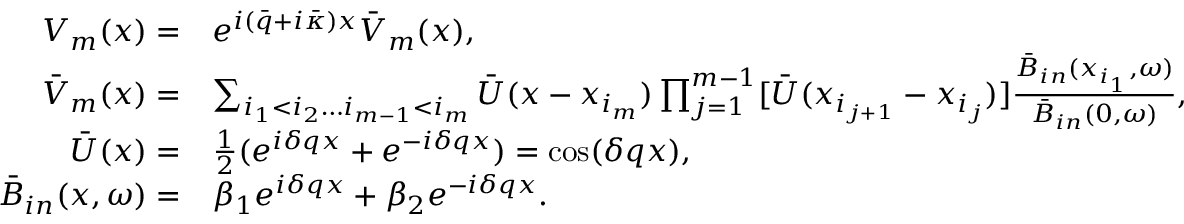
\begin{array} { r l } { V _ { m } ( x ) = } & { e ^ { i ( \bar { q } + i \bar { \kappa } ) x } \bar { V } _ { m } ( x ) , } \\ { \bar { V } _ { m } ( x ) = } & { \sum _ { i _ { 1 } < i _ { 2 } \ldots i _ { m - 1 } < i _ { m } } \bar { U } ( x - x _ { i _ { m } } ) \prod _ { j = 1 } ^ { m - 1 } [ \bar { U } ( x _ { i _ { j + 1 } } - x _ { i _ { j } } ) ] \frac { \bar { B } _ { i n } ( x _ { i _ { 1 } } , \omega ) } { \bar { B } _ { i n } ( 0 , \omega ) } , } \\ { \bar { U } ( x ) = } & { \frac { 1 } { 2 } ( e ^ { i \delta q x } + e ^ { - i \delta q x } ) = \cos ( \delta q x ) , } \\ { \bar { B } _ { i n } ( x , \omega ) = } & { \beta _ { 1 } e ^ { i \delta q x } + \beta _ { 2 } e ^ { - i \delta q x } . } \end{array}